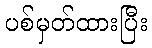
ပစ်မှတ်ထားပြီး